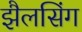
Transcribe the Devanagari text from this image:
झैलसिंग